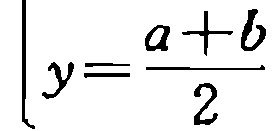
\(y=\frac{a + b}{2}\)